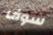
سوف